Report of the Lahore Medical School Hospital
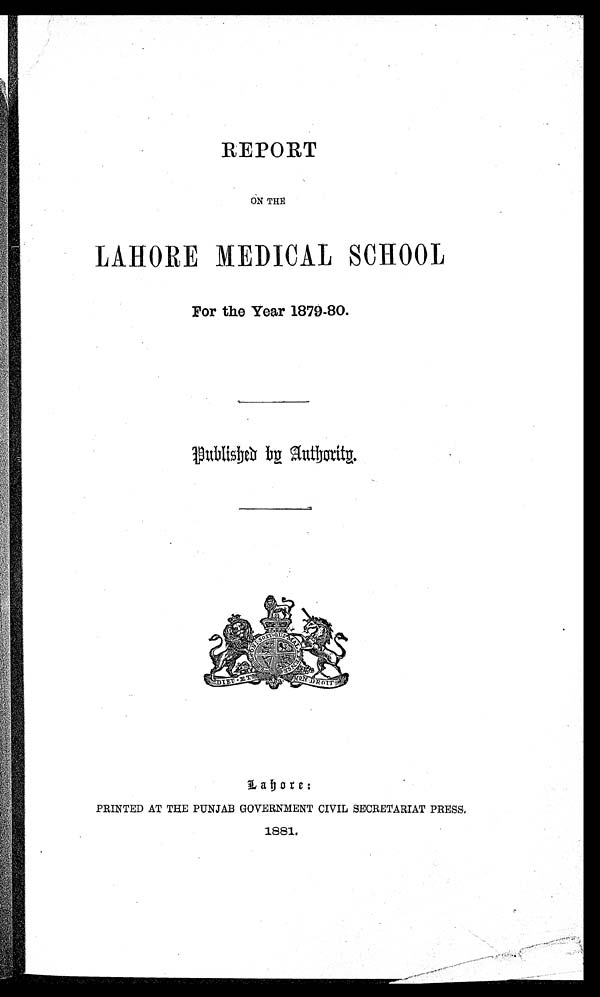
REPORT
ON THE
LAHORE MEDICAL SCHOOL
For the Year 1879-80.
Published by Authority.
Lahore:
PRINTED AT THE PUNJAB GOVERNMENT CIVIL SECRETARIAT PRESS.
1881.